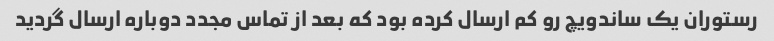
رستوران یک ساندویچ رو کم ارسال کرده بود که بعد از تماس مجدد دوباره ارسال گردید